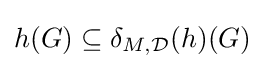
h(G)\subseteq \delta _{M,{\mathcal {D}}}(h)(G)